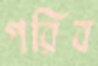
পরিব